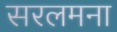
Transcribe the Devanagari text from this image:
सरलमना